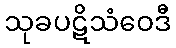
သုခပဋိသံဝေဒီ